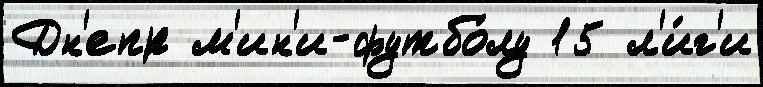
Дн'епр м'ин'и-футбо́лу 15 л'и́г'и